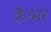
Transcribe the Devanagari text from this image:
क्रैन्मर